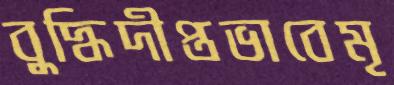
বুদ্ধিদীপ্তভাবেমৃ